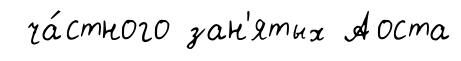
ча́стного зан'ятых Аоста